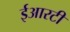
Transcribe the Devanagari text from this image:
ईआरटी